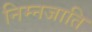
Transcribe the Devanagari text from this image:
निम्नजाति